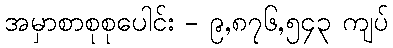
အမှာစာစုစုပေါင်း - ၉,၈၇၆,၅၄၃ ကျပ်